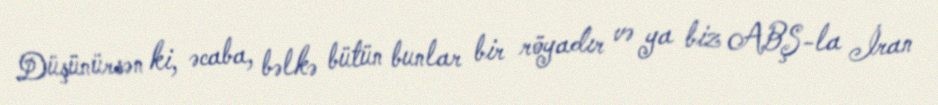
Düşünürsən ki, əcaba, bəlkə bütün bunlar bir röyadır və ya biz ABŞ-la İran